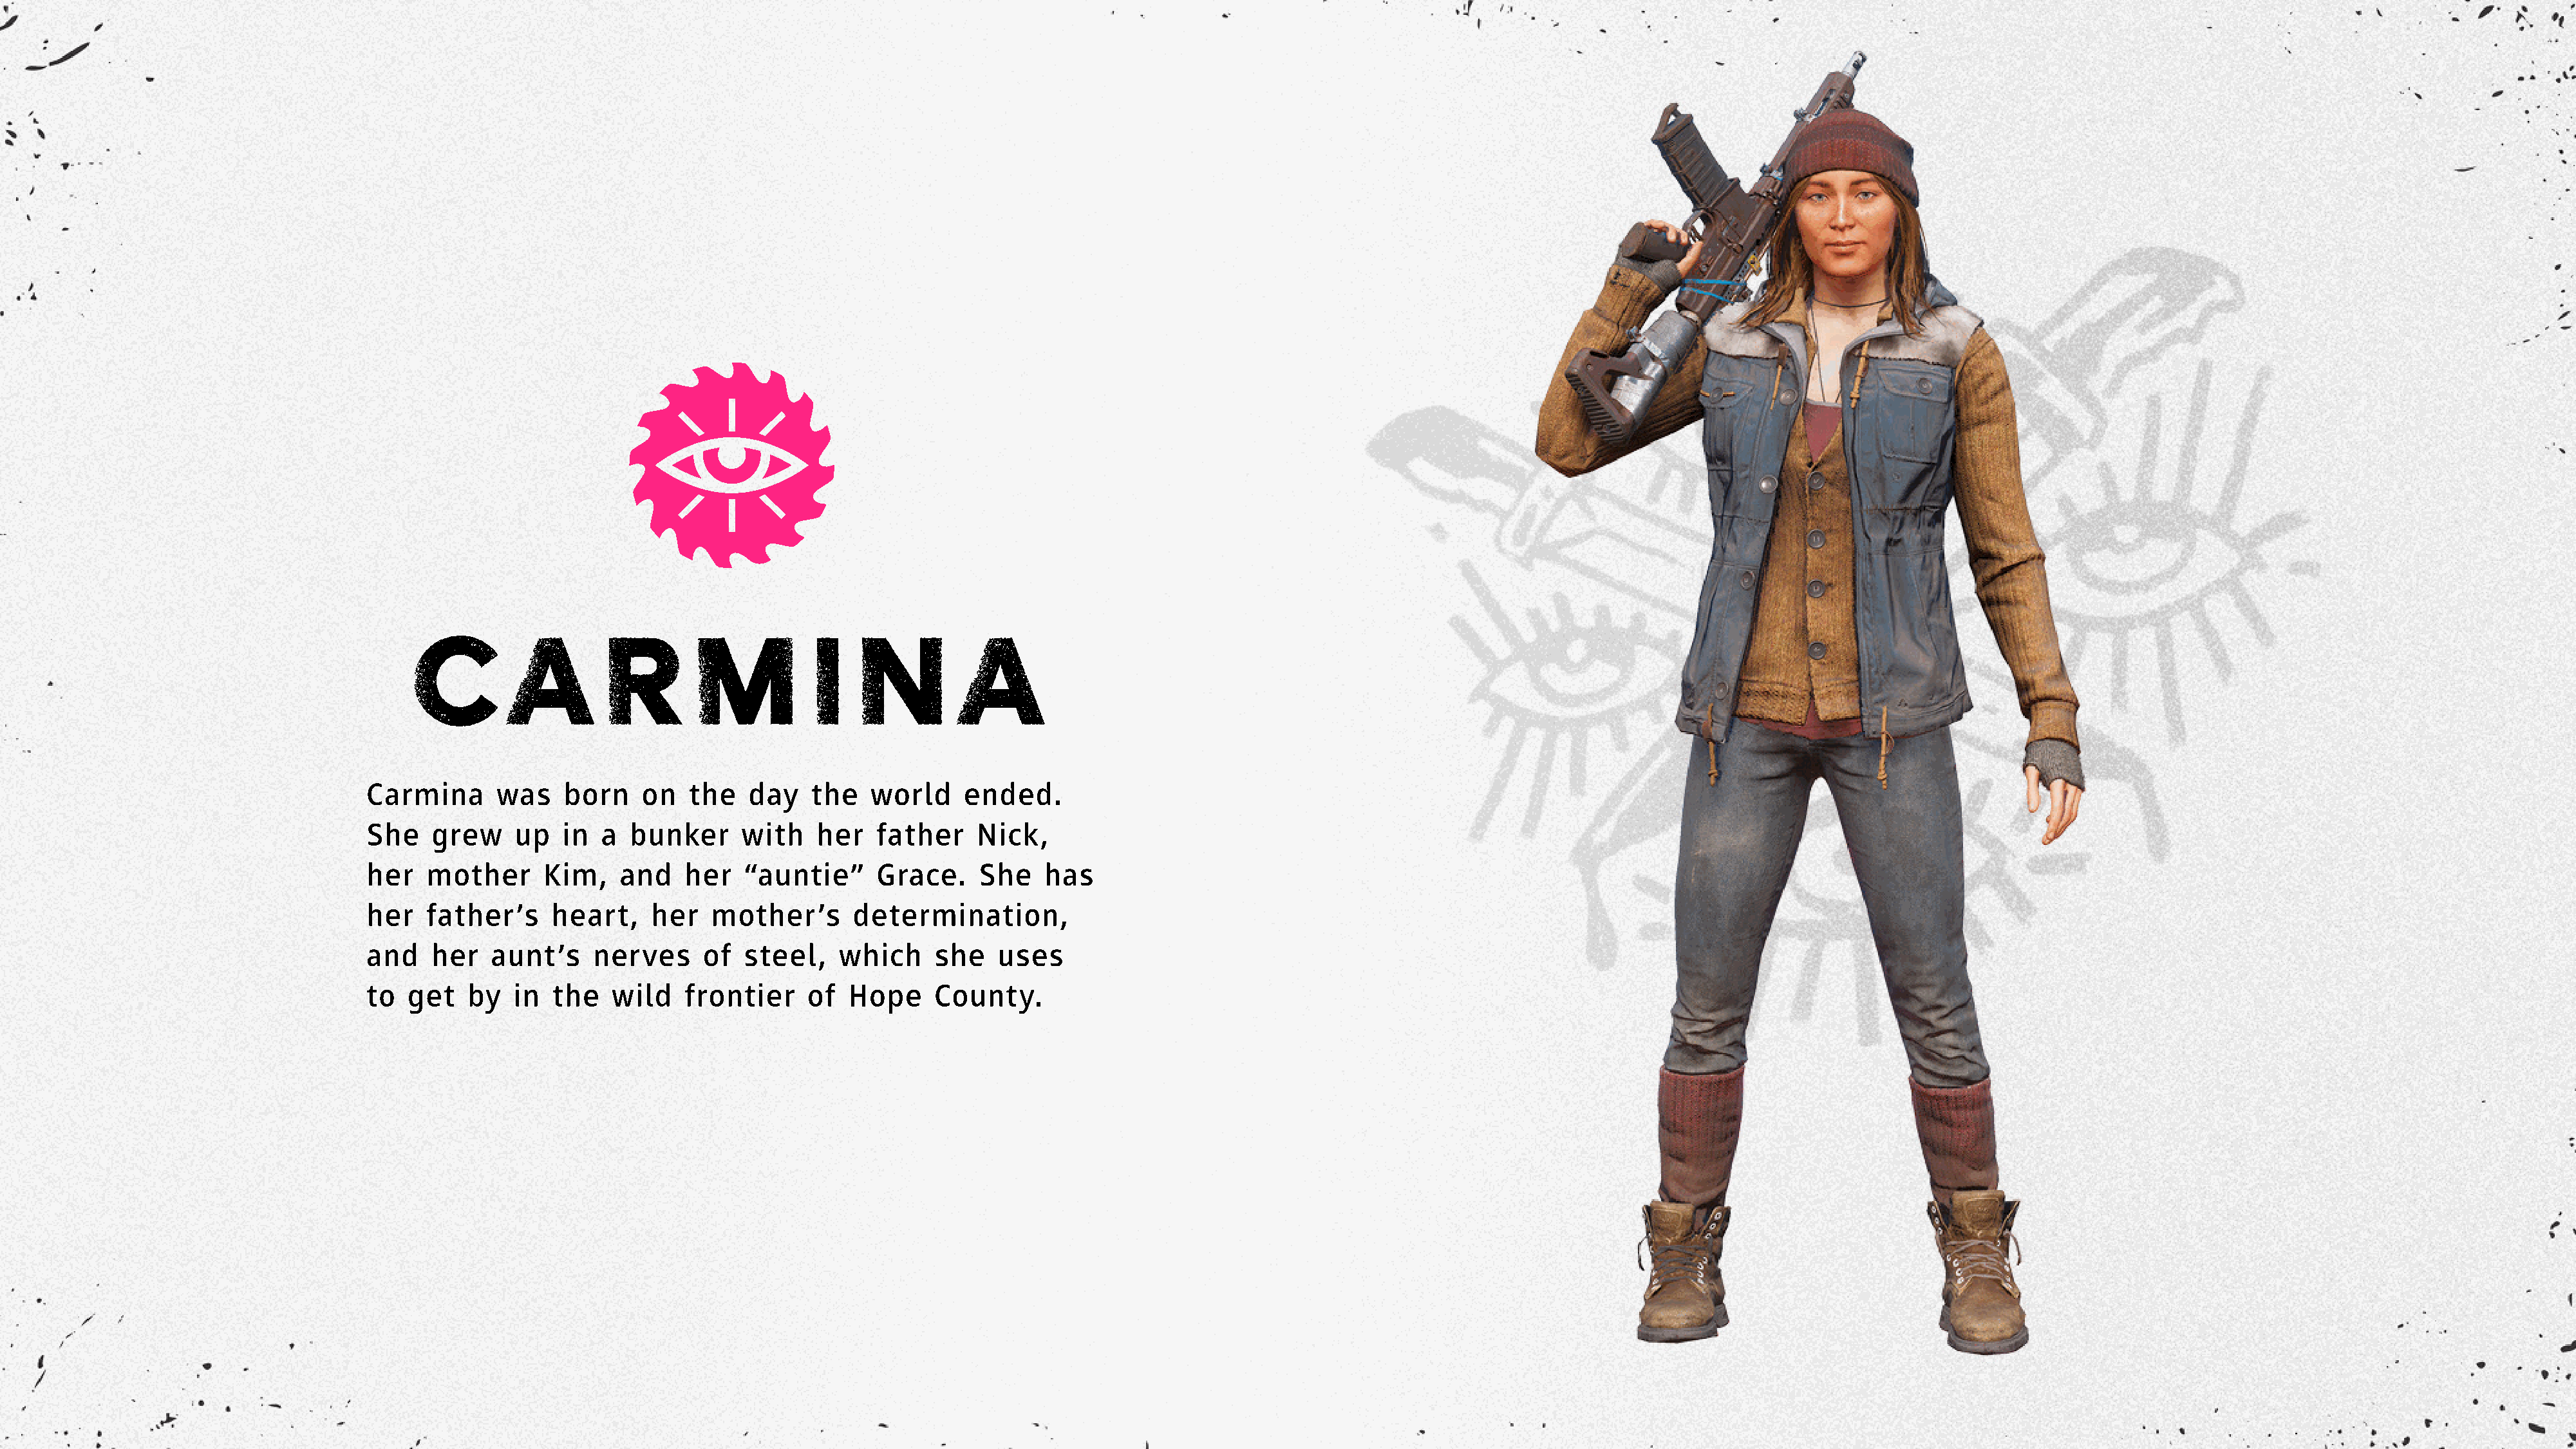
C         ARMINA
 Carmina      was    born    on   the   day   the    world    ended.
 She   grew     up   in  a  bunker     with    her   father    Nick,
 her   mother      Kim,    and   her   “auntie”      Grace.     She   has
 her   father’s     heart,    her   mother’s       determination,
 and   her   aunt’s     nerves     of  steel,    which     she    uses
 to  get   by   in  the   wild   frontier     of  Hope     County.